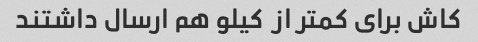
کاش برای کمتر از  کیلو هم ارسال داشتند